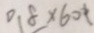
0 . 8 \times 6 0 t